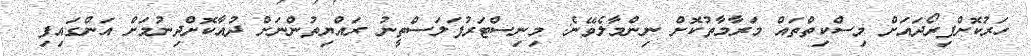
ހަރުކޮށްފިރޯދައަށް މިސްކިތްތައް މަރާމާތުކޮށް ނިންމާލެވޭނެ: މިނިސްޓަރުފަލަސްތީނު ރައްޔިތުންނަށް ދުއާކޮށްދިނުމަށް އަންގައިފި